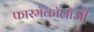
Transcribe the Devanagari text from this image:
फारमॅकॉलॉजी